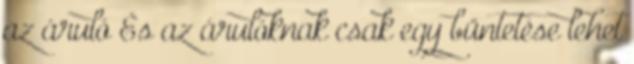
az áruló És az árulóknak csak egy büntetése lehet